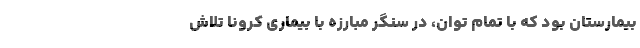
بیمارستان بود که با تمام توان، در سنگر مبارزه با بیماری کرونا تلاش